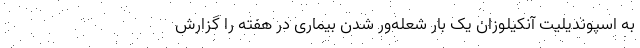
به اسپوندیلیت آنکیلوزان یک بار شعله‌ور شدن بیماری در هفته را گزارش